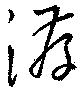
洊